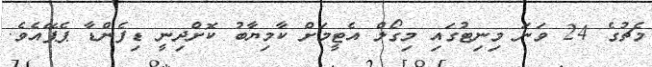
މެޗުގެ 24 ވަނަ މިނިޓުގައި މިގޯލް އެޓީމަށް ކާމިޔާބު ކޮށްދިނީ ޑިފެންޑާ ޕެޕޭއެވެ.